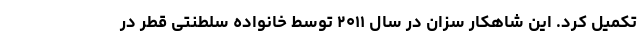
تکمیل کرد. این شاهکار سزان در سال ۲۰۱۱ توسط خانواده سلطنتی قطر در